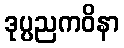
ဒုပ္ပညကဝိနာ